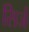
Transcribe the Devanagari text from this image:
सिर्ज